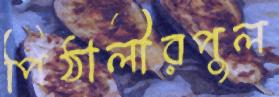
পিঠালীরপুল